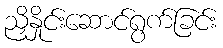
ညှိနှိုင်းဆောင်ရွက်ခြင်း